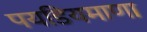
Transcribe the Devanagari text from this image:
पयडियमाणा